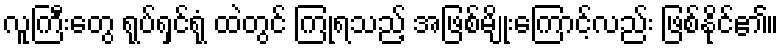
လူကြီးတွေ ရုပ်ရှင်ရုံ ထဲတွင် ကြုံရသည့် အဖြစ်မျိုးကြောင့်လည်း ဖြစ်နိုင်၏။